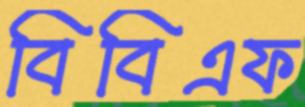
বিবিএফ